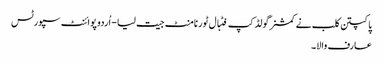
پاکپتن کلب نے کمشنرگولڈ کپ فٹبال ٹورنامنٹ جیت لیا - اُردو پوائنٹ سپورٹس
عارف والا۔